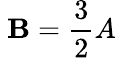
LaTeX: \ \mathbf{B}={\frac{{3}}{{2}}}A